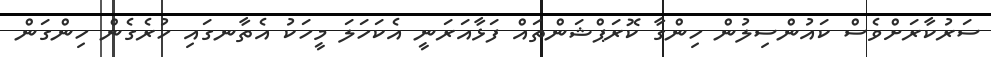
ސަރުކާރަށްވެސް ކައުންސިލުން ހިންގާ ކޮރަޕްޝަންތައް ފަޅާއަރަނީ އެކަހަލަ މީހަކު އެތާނގައި ހުރެގެން ހިންގަން